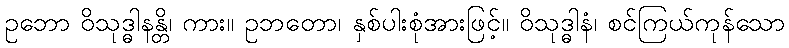
ဥဘော ဝိသုဒ္ဓါနန္တိ၊ ကား။ ဥဘတော၊ နှစ်ပါးစုံအားဖြင့်။ ဝိသုဒ္ဓါနံ၊ စင်ကြယ်ကုန်သော